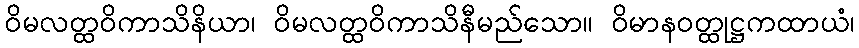
ဝိမလတ္ထဝိကာသိနိယာ၊ ဝိမလတ္ထဝိကာသိနီမည်သော။ ဝိမာနဝတ္ထုဋ္ဌကထာယံ၊